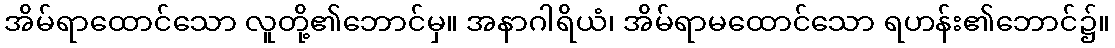
အိမ်ရာထောင်သော လူတို့၏ဘောင်မှ။ အနာဂါရိယံ၊ အိမ်ရာမထောင်သော ရဟန်း၏ဘောင်၌။